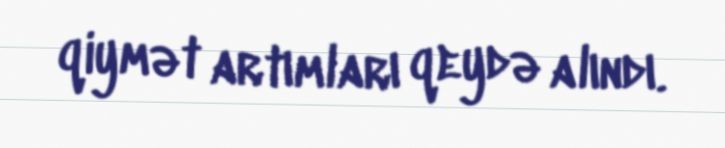
qiymət artımları qeydə alındı.